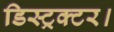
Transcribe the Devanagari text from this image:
डिस्ट्रक्टर।